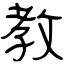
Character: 教